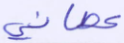
عصاني